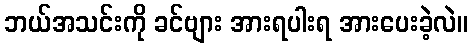
ဘယ်အသင်းကို ခင်ဗျား အားရပါးရ အားပေးခဲ့လဲ။